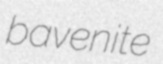
bavenite